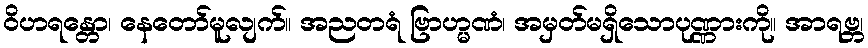
ဝိဟရန္တော၊ နေတော်မူလျက်။ အညတရံ ဗြာဟ္မဏံ၊ အမှတ်မရှိသောပုဏ္ဏားကို။ အာရဗ္ဘ၊